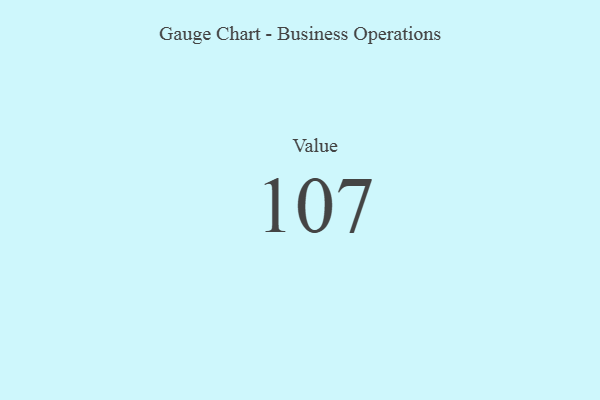
{"axis": {"x": "Metric", "y": "Value"}, "legend": [""], "data": [{"x": "Value", "y": 107, "type": ""}]}